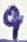
Text: 9